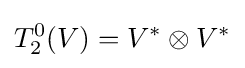
T_{2}^{0}(V)=V^{*}\otimes V^{*}